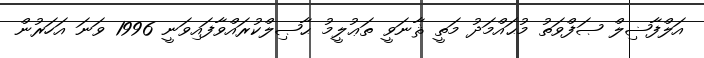
އަލްފާޟިލް ޞަފްވަތު މުޙައްމަދު މަތީ ޘާނަވީ ތަޢުލީމު ޙާޞިލްކުރައްވާފައިވަނީ 1996 ވަނަ އަހަރުން